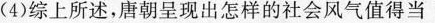
(4)综上所述，唐朝呈现出怎样的社会风气值得当